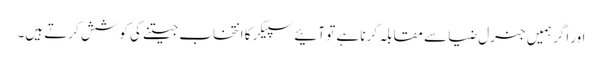
اور اگر ہمیں جنرل ضیا سے مقابلہ کرنا ہے تو آئیے سپیکر کا انتخاب جیتنے کی کوشش کرتے ہیں۔